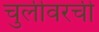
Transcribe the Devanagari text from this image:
चुलीवरची